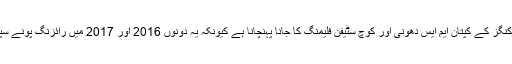
پونے کا میدان چنئی سپرکنگز کے کپتان ایم ایس دھونی اور کوچ سٹیفن فلیمنگ کا جانا پہنچانا ہے کیونکہ یہ دونوں 2016 اور 2017 میں رائزنگ پونے سپر جائنٹس کا حصہ تھے۔